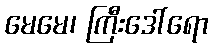
မေမေ၊ ကြီးဒေါ်ရော